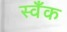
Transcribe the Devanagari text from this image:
स्वँक